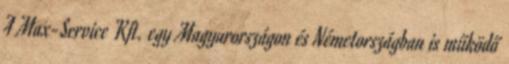
A Max-Service Kft. egy Magyarországon és Németországban is működő